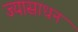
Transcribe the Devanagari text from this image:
ज्यासाधन